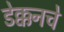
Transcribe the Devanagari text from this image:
डेक्कनचे